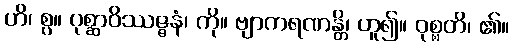
ဟိ၊ စွ။ ပုစ္ဆာဝိဿဇ္ဇနံ၊ ကို။ ဗျာကရဏန္တိ၊ ဟူ၍။ ဝုစ္စတိ၊ ၏။